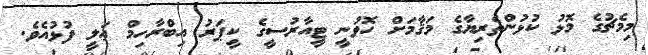
މިމެޗުގެ މޮޅު ކުޅުންތެރިޔާގެ މަޤާމަށް ހޮވުނީ ޓީއާރުސީގެ ކީޕަރު އިބްރާހިމް ޢަލީ ފުޅުއެވެ.